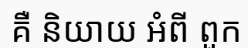
គឺ និយាយ អំពី ពួក